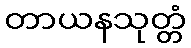
တာယနသုတ္တံ